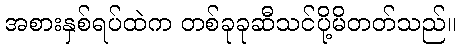
အစားနှစ်ရပ်ထဲက တစ်ခုခုဆီသင်ပို့မိတတ်သည်။